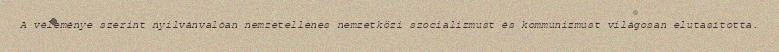
A véleménye szerint nyilvánvalóan nemzetellenes nemzetközi szocializmust és kommunizmust világosan elutasította.